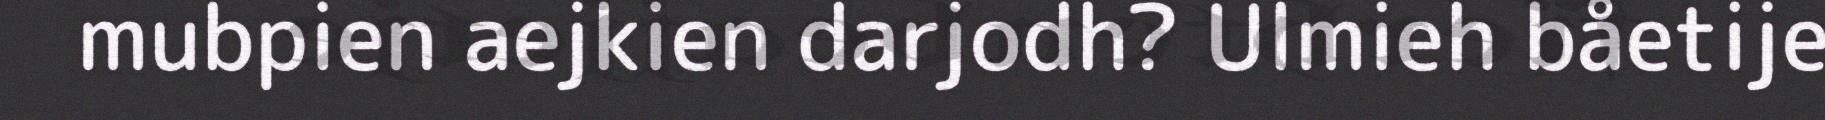
mubpien aejkien darjodh? Ulmieh båetije